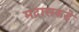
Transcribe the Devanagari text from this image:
मद्रासकडे